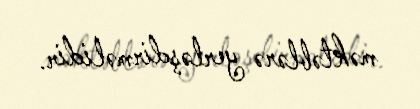
məktəblərə yerləşdirməlidir.